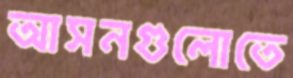
আসনগুলোতে